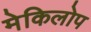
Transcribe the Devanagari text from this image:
मेकिलोप